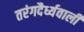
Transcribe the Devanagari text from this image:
तरंगदैर्ध्यवाली